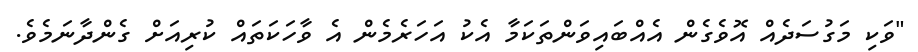
"ވަކި މަގުސަދެއް އޮވެގެން އެއްބައިވަންތަކަމާ އެކު އަހަރެމެން އެ ވާހަކަތައް ކުރިއަށް ގެންދާނަމެވެ.